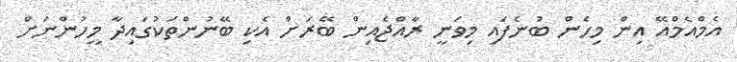
އެމްއެމްއޭ އިން މިހެން ބުނެފައި މިވަނީ ރާއްޖެއިން ބޭރަށް އެކި ބޭނުންތަކުގައިދާ މީހުންނަށް